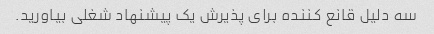
سه دلیل قانع کننده برای پذیرش یک پیشنهاد شغلی بیاورید.